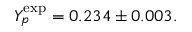
Y _ { p } ^ { \mathrm { e x p } } = 0 . 2 3 4 \pm 0 . 0 0 3 .